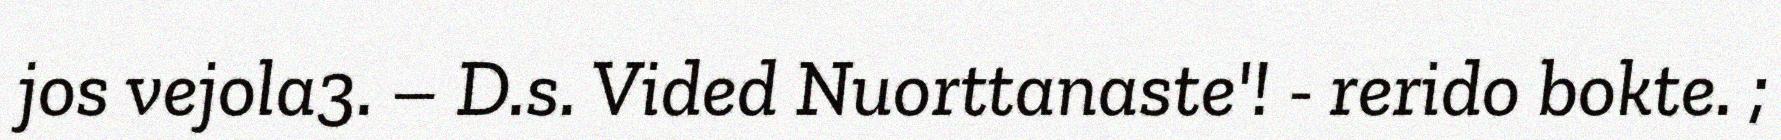
jos vejola3. – D.s. Vided Nuorttanaste'! - rerido bokte. ;